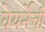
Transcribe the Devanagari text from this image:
वेयर्नेची